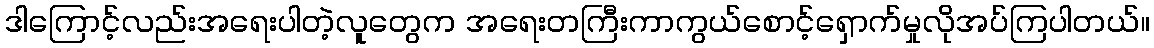
ဒါကြောင့်လည်းအရေးပါတဲ့လူတွေက အရေးတကြီးကာကွယ်စောင့်ရှောက်မှုလိုအပ်ကြပါတယ်။